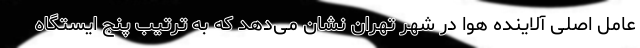
عامل اصلی آلاینده هوا در شهر تهران نشان می‌دهد که به ترتیب پنج ایستگاه